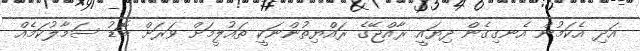
އަދި އެކަމުން އެނގިގެން ދިޔައީ ރާއްޖޭގެ ރައްޔިތުންނަކީ ތައުލީމަށް ވަރަށް ބޮޑު ސަމާލުކަމެއް